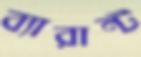
ব্যারান্ট